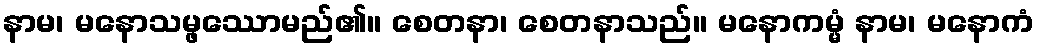
နာမ၊ မနောသမ္ဖဿောမည်၏။ စေတနာ၊ စေတနာသည်။ မနောကမ္မံ နာမ၊ မနောကံ